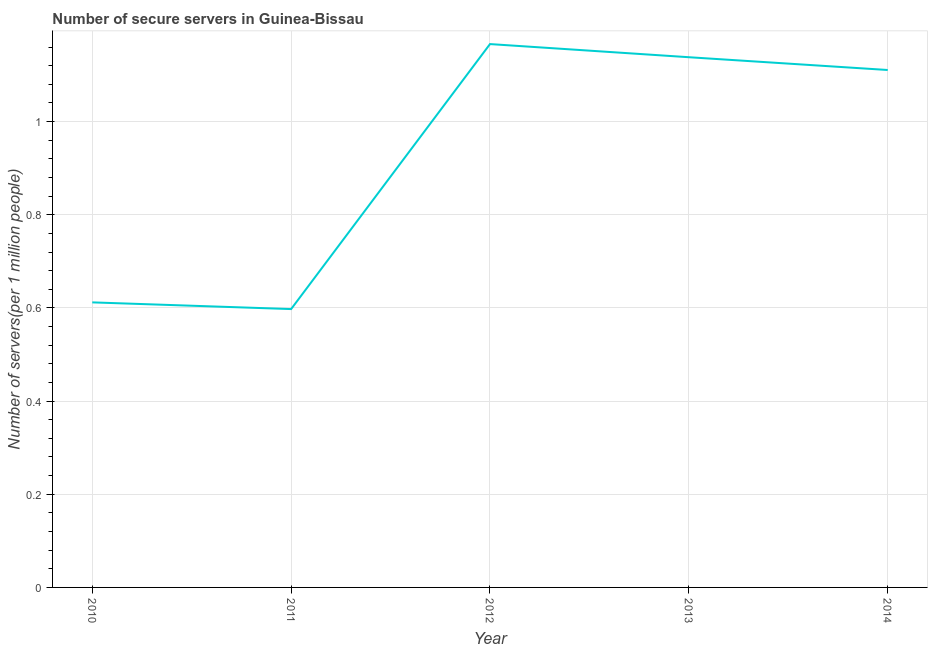
| Year | Secure Internet servers |
 | --- | --- |
 | 2010 | 0.612 |
 | 2011 | 0.598 |
 | 2012 | 1.17 |
 | 2013 | 1.14 |
 | 2014 | 1.11 |